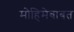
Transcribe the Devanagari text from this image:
मोहिमेबाबत